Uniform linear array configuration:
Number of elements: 8
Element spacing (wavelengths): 0.5
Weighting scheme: hamming
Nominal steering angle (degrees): -30
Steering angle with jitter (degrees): -28.59
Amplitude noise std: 0.05
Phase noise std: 0.05

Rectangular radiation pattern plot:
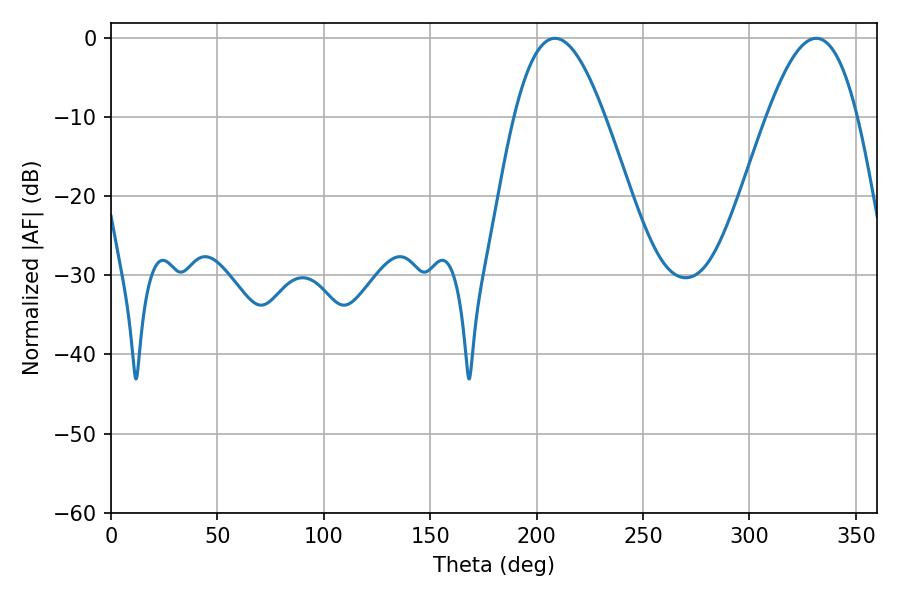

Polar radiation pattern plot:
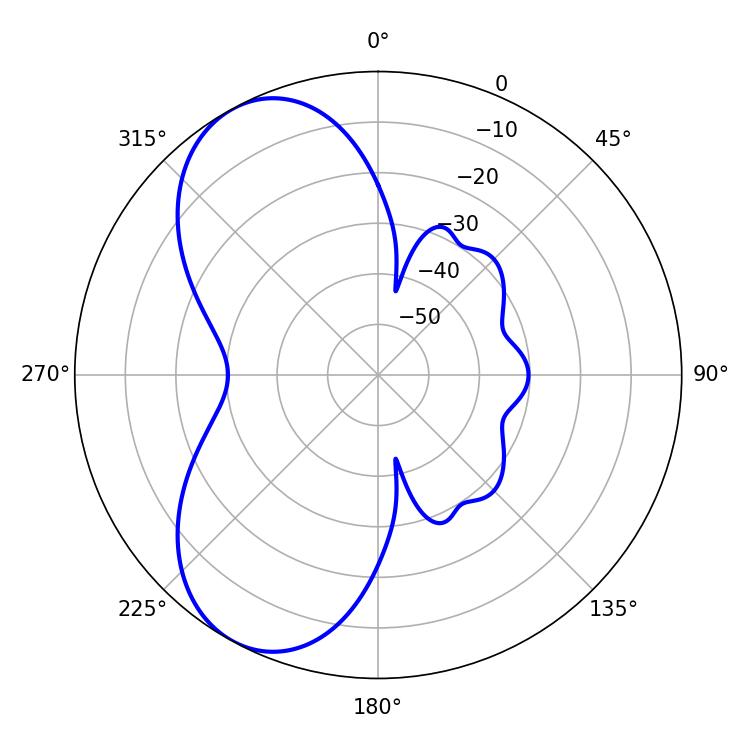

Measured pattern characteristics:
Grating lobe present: FALSE
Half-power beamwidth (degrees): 23.22
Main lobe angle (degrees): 208.62